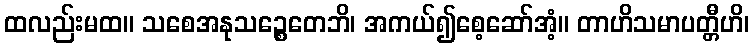
ထလည်းမထ။ သစေအနုသဉ္စေတေဘိ၊ အကယ်၍စေ့ဆော်အံ့။ တာဟိသမာပတ္တီဟိ၊